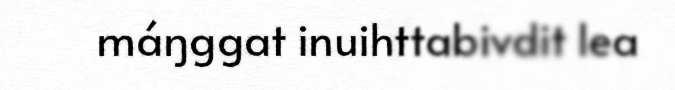
máŋggat inuihttabivdit lea